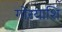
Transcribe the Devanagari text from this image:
गोरयाशि